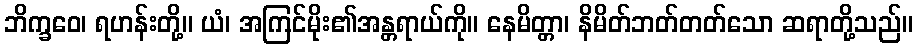
ဘိက္ခဝေ၊ ရဟန်းတို့။ ယံ၊ အကြင်မိုး၏အန္တရာယ်ကို။ နေမိတ္တာ၊ နိမိတ်ဘတ်တတ်သော ဆရာတို့သည်။